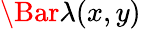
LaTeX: \Bar{\lambda}(x,y)